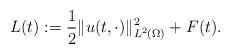
LaTeX: \begin{align*} L(t) := \frac{1}{2} \|u(t, \cdot)\|_{L^{2}(\Omega)}^{2} + F(t). \end{align*}